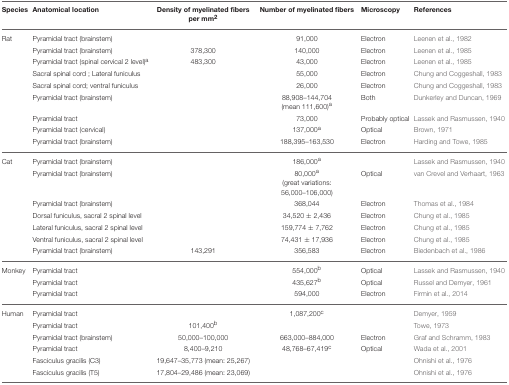
<table><thead><tr><td><b>Species</b></td><td><b>Anatomical location</b></td><td><b>Density of myelinated fibers per mm<sup>2</sup></b></td><td><b>Number of myelinated fibers</b></td><td><b>Microscopy</b></td><td><b>References</b></td></tr></thead><tbody><tr><td>Rat</td><td>Pyramidal tract (brainstem)</td><td></td><td>91,000</td><td>Electron</td><td>Leenen et al., 1982</td></tr><tr><td></td><td>Pyramidal tract (brainstem)</td><td>378,300</td><td>140,000</td><td>Electron</td><td>Leenen et al., 1985</td></tr><tr><td></td><td>Pyramidal tract (spinal cervical 2 level)<sup>a</sup></td><td>483,300</td><td>43,000</td><td>Electron</td><td>Leenen et al., 1985</td></tr><tr><td></td><td>Sacral spinal cord ; Lateral funiculus</td><td></td><td>55,000</td><td>Electron</td><td>Chung and Coggeshall, 1983</td></tr><tr><td></td><td>Sacral spinal cord; ventral funiculus</td><td></td><td>26,000</td><td>Electron</td><td>Chung and Coggeshall, 1983</td></tr><tr><td></td><td>Pyramidal tract (brainstem)</td><td></td><td>88,908–144,704 (mean 111,600)<sup>a</sup></td><td>Both</td><td>Dunkerley and Duncan, 1969</td></tr><tr><td></td><td>Pyramidal tract</td><td></td><td>73,000</td><td>Probably optical</td><td>Lassek and Rasmussen, 1940</td></tr><tr><td></td><td>Pyramidal tract (cervical)</td><td></td><td>137,000<sup>a</sup></td><td>Optical</td><td>Brown, 1971</td></tr><tr><td></td><td>Pyramidal tract (brainstem)</td><td></td><td>188,395–163,530</td><td>Electron</td><td>Harding and Towe, 1985</td></tr><tr><td>Cat</td><td>Pyramidal tract (brainstem)</td><td></td><td>186,000<sup>a</sup></td><td></td><td>Lassek and Rasmussen, 1940</td></tr><tr><td></td><td>Pyramidal tract (brainstem)</td><td></td><td>80,000<sup>a</sup> (great variations: 56,000–106,000)</td><td>Optical</td><td>van Crevel and Verhaart, 1963</td></tr><tr><td></td><td>Pyramidal tract (brainstem)</td><td></td><td>368,044</td><td>Electron</td><td>Thomas et al., 1984</td></tr><tr><td></td><td>Dorsal funiculus, sacral 2 spinal level</td><td></td><td>34,520 ± 2,436</td><td>Electron</td><td>Chung et al., 1985</td></tr><tr><td></td><td>Lateral funiculus, sacral 2 spinal level</td><td></td><td>159,774 ± 7,762</td><td>Electron</td><td>Chung et al., 1985</td></tr><tr><td></td><td>Ventral funiculus, sacral 2 spinal level</td><td></td><td>74,431 ± 17,936</td><td>Electron</td><td>Chung et al., 1985</td></tr><tr><td></td><td>Pyramidal tract (brainstem)</td><td>143,291</td><td>356,583</td><td>Electron</td><td>Biedenbach et al., 1986</td></tr><tr><td>Monkey</td><td>Pyramidal tract</td><td></td><td>554,000<sup>b</sup></td><td>Optical</td><td>Lassek and Rasmussen, 1940</td></tr><tr><td></td><td>Pyramidal tract</td><td></td><td>435,627<sup>b</sup></td><td>Optical</td><td>Russel and Demyer, 1961</td></tr><tr><td></td><td>Pyramidal tract</td><td></td><td>594,000</td><td>Electron</td><td>Firmin et al., 2014</td></tr><tr><td>Human</td><td>Pyramidal tract</td><td></td><td>1,087,200<sup>c</sup></td><td></td><td>Demyer, 1959</td></tr><tr><td></td><td>Pyramidal tract</td><td>101,400<sup>b</sup></td><td></td><td></td><td>Towe, 1973</td></tr><tr><td></td><td>Pyramidal tract (brainstem)</td><td>50,000–100,000</td><td>663,000–884,000</td><td>Electron</td><td>Graf and Schramm, 1983</td></tr><tr><td></td><td>Pyramidal tract</td><td>8,400–9,210</td><td>48,768–67,419<sup>c</sup></td><td>Optical</td><td>Wada et al., 2001</td></tr><tr><td></td><td>Fasciculus gracilis (C3)</td><td>19,647–35,773 (mean: 25,267)</td><td></td><td></td><td>Ohnishi et al., 1976</td></tr><tr><td></td><td>Fasciculus gracilis (T5)</td><td>17,804–29,486 (mean: 23,069)</td><td></td><td></td><td>Ohnishi et al., 1976</td></tr></tbody></table>